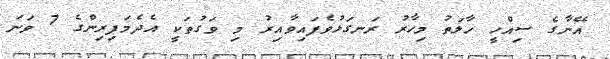
އޭނާގެ ސިއްހީ ހާލަތު މިހާރު ރަނގަޅުވެފައިވާއިރު މި ވަގުތަކީ އެދެމަފިރިންގެ 7 ވަނަ